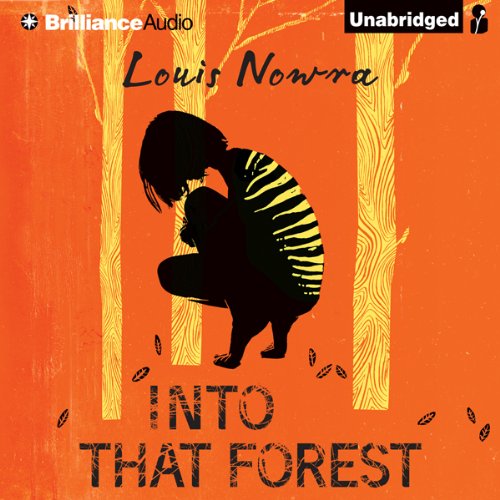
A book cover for Into That Forest; Louis Nowra; Science Fiction & Fantasy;